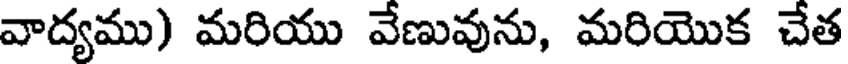
వాద్యము) మరియు వేణువును, మరియొక చేత